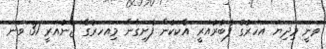
ވަނީ މިދިޔަ އަހަރުގެ ފެބުރުއަރީ އެކަކުން ފެށިގެން މިއަހަރުގެ ޖެނުއަރީ 31 ވަނަ